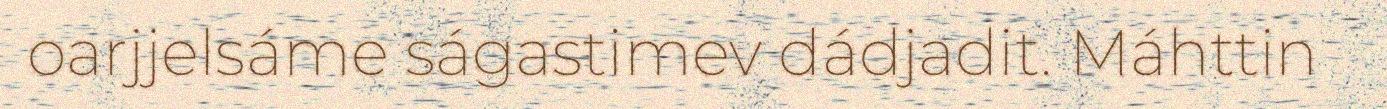
oarjjelsáme ságastimev dádjadit. Máhttin